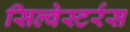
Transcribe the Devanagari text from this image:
सिल्वेस्टर्रस